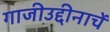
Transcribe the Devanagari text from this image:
गाजीउद्दीनाचें